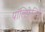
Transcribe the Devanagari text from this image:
पॉलिफ़ेज़िक